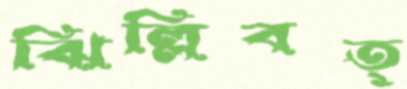
ঝিল্লিবত্